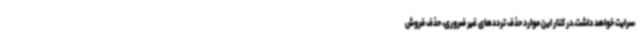
سرایت خواهد داشت.در کنار این موارد حذف ترددهای غیر ضروری، حذف فروش